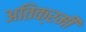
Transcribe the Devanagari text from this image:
अतिक्रमी